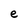
Character: e